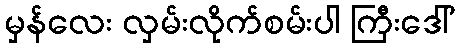
မှန်လေး လှမ်းလိုက်စမ်းပါ ကြီးဒေါ်